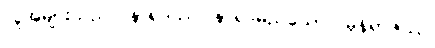
လူအများသည်။ နာရဒဿ၊ နာရဒမည်သော။ မုနိရာဇဿ၊